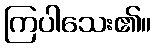
ကြပါသေး၏။